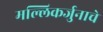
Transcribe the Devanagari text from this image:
मल्लिकर्जुनाचे